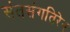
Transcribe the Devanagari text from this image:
संतसंगतिरेव